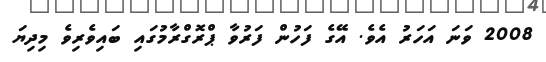
2008 ވަނަ އަހަރު އެވެ. އޭގެ ފަހުން ފަރުވާ ޕްރޮގްރާމުގައި ބައިވެރިވެ މިދިޔަ